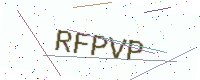
Text: RFPVP